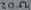
Text: 20Ω